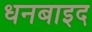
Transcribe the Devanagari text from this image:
धनबाइद